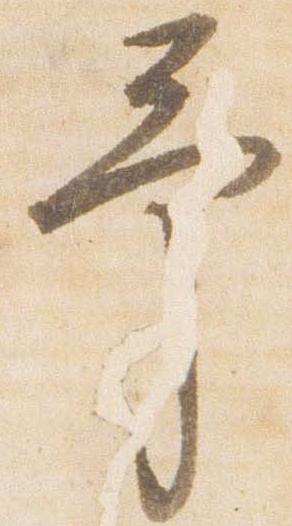
予